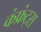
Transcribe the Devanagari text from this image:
कंफ्रंट्स